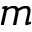
m